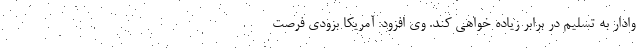
وادار به تسلیم در برابر زیاده خواهی کند. وی افزود: آمریکا بزودی فرصت